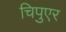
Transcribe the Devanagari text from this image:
चिपुएर